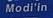
modi'in